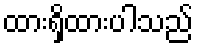
ထားရှိထားပါသည်